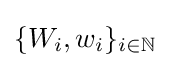
\{W_{i},w_{i}\}_{i\in \mathbb {N} }